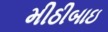
મીઠીબાઇ